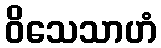
ဝိသေသာဟံ